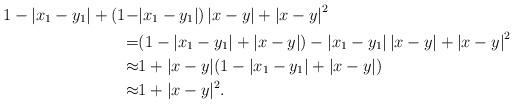
LaTeX: \begin{align*}1-|x_1-y_1|+(1-&|x_1-y_1|)\left|x-y\right|+\left|x-y\right|^2\\=&(1-|x_1-y_1|+|x-y|)-|x_1-y_1|\left|x-y\right|+\left|x-y\right|^2\\\approx&1+|x-y|(1-|x_1-y_1|+\left|x-y\right|)\\\approx&1+|x-y|^2.\end{align*}